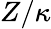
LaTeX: Z/\kappa